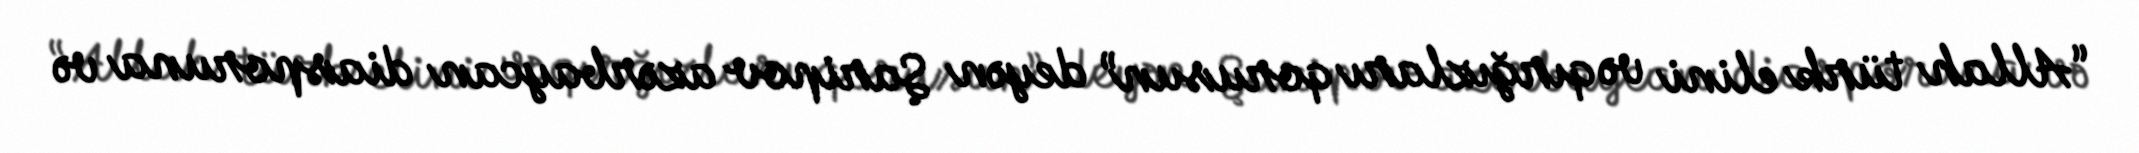
“Allah türk elini və qırğızları qorusun” deyən Şaripov azərbaycan diasporuna və